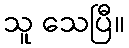
သူ သေပြီ။